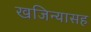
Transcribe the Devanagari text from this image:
खजिन्यासह